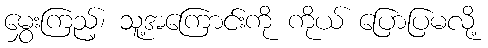
မွှေးကြည့်၊ သူ့အကြောင်းကို ကိုယ် ပြောပြမလို့